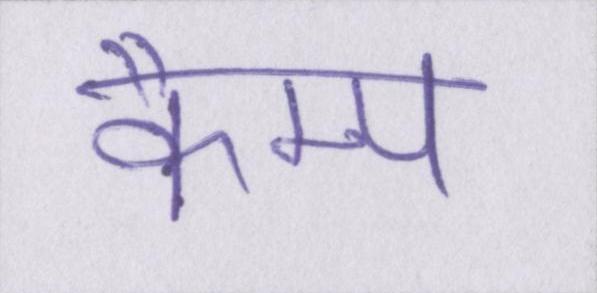
कैम्प